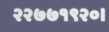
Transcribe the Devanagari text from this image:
२२७७१९२०।